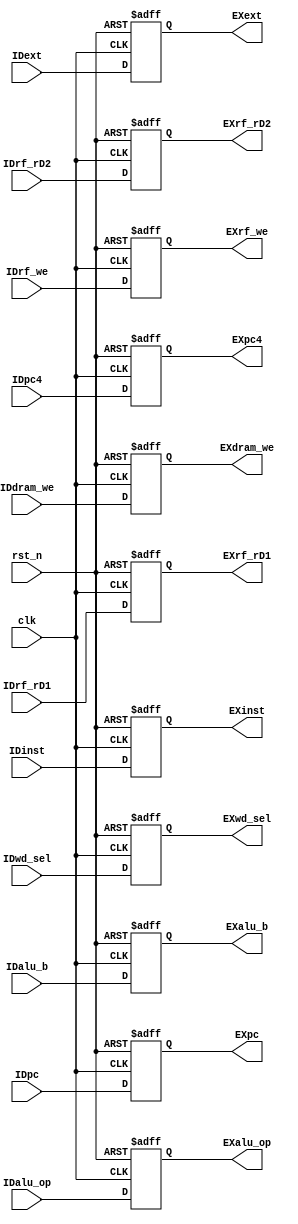
module ID_EX_reg(
    input wire clk,
    input wire rst_n,
    
    input wire[31:0]IDpc,
    input wire[31:0]IDpc4,
    input wire[31:0]IDinst,
    
    input wire[1:0]IDwd_sel,
    input wire IDrf_we,
    input wire IDdram_we,
    
    input wire[31:0]IDext,
    
    input wire[31:0]IDrf_rD1,
    input wire[31:0]IDrf_rD2,
    
    input wire[31:0]IDalu_b,
    input wire[2:0]IDalu_op,
    
    output reg[31:0]EXpc,
    output reg[31:0]EXpc4,
    output reg[31:0]EXinst,
    
    output reg[1:0]EXwd_sel,
    output reg EXrf_we,
    output reg EXdram_we,
    
    output reg[31:0]EXext,
    
    output reg[31:0]EXrf_rD1,
    output reg[31:0]EXrf_rD2,
    
    output reg[31:0]EXalu_b,
    output reg[2:0]EXalu_op
    );
    
    always@(posedge clk or negedge rst_n)begin
        if(!rst_n)  EXpc <= 32'b0;
        else        EXpc <= IDpc;
    end
    
    always@(posedge clk or negedge rst_n)begin
        if(!rst_n)  EXpc4 <= 32'b0;
        else        EXpc4 <= IDpc4;
    end
    
    always@(posedge clk or negedge rst_n)begin
        if(!rst_n)  EXinst <= 32'b0;
        else        EXinst <= IDinst;
    end
    
    always@(posedge clk or negedge rst_n)begin
        if(!rst_n)  EXwd_sel <= 2'd0;
        else        EXwd_sel <= IDwd_sel;
    end
    
    always@(posedge clk or negedge rst_n)begin
        if(!rst_n)  EXrf_we <= 1'b0;
        else        EXrf_we <= IDrf_we;
    end
    
    always@(posedge clk or negedge rst_n)begin
        if(!rst_n)  EXdram_we <= 1'b0;
        else        EXdram_we <= IDdram_we;
    end
    
    always@(posedge clk or negedge rst_n)begin
        if(!rst_n)  EXext <= 32'b0;
        else        EXext <= IDext;
    end
    
    always@(posedge clk or negedge rst_n)begin
        if(!rst_n)  EXrf_rD1 <= 32'b0;
        else        EXrf_rD1 <= IDrf_rD1;
    end
    
    always@(posedge clk or negedge rst_n)begin
        if(!rst_n)  EXrf_rD2 <= 32'b0;
        else        EXrf_rD2 <= IDrf_rD2;
    end
    
    always@(posedge clk or negedge rst_n)begin
        if(!rst_n)  EXalu_b <= 32'b0;
        else        EXalu_b <= IDalu_b;
    end
    
    always@(posedge clk or negedge rst_n)begin
        if(!rst_n)  EXalu_op <= 3'd0;
        else        EXalu_op <= IDalu_op;
    end
    
endmodule